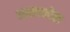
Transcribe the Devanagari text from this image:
आसाकोल